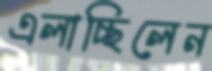
এলাচ্ছিলেন